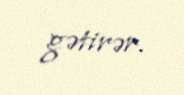
gətirər.